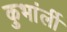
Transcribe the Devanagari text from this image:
कुभांर्ली